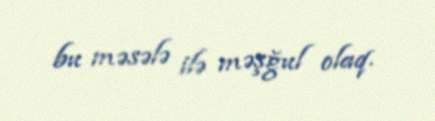
bu məsələ ilə məşğul olaq.